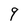
Character: 9